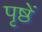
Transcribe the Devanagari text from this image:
पृष्ठें